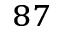
^ { 8 7 }